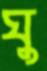
ঘু